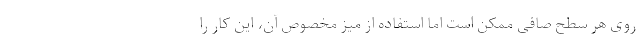
روی هر سطح صافی ممکن است اما استفاده از میز مخصوص آن، این کار را